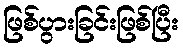
ဖြစ်ပွားခြင်းဖြစ်ပြီး